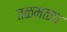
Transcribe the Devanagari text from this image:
तळमळच